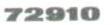
72910